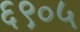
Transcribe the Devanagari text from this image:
६९०५